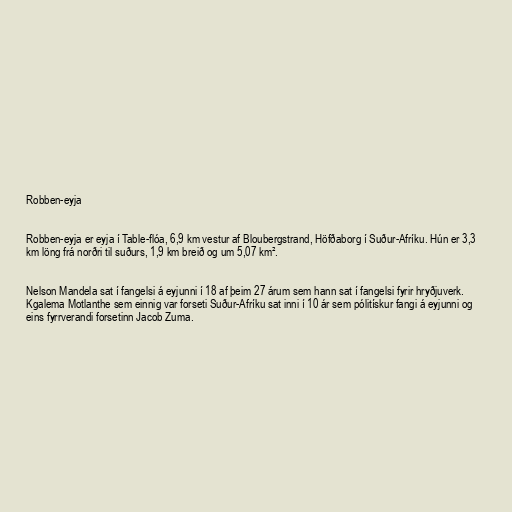
Robben-eyja

Robben-eyja er eyja í Table-flóa, 6,9 km vestur af Bloubergstrand, Höfðaborg í Suður-Afríku. Hún er 3,3
km löng frá norðri til suðurs, 1,9 km breið og um 5,07 km².

Nelson Mandela sat í fangelsi á eyjunni í 18 af þeim 27 árum sem hann sat í fangelsi fyrir hryðjuverk.
Kgalema Motlanthe sem einnig var forseti Suður-Afríku sat inni í 10 ár sem pólitískur fangi á eyjunni og
eins fyrrverandi forsetinn Jacob Zuma.